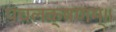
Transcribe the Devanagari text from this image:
पंचलक्षणम्‌॥